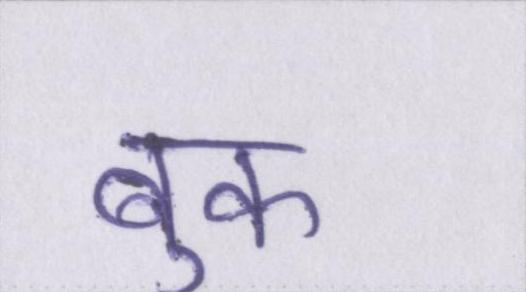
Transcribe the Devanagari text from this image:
बुक